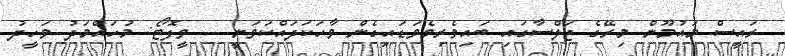
ރައީސް މައުމޫން މިރޭގެ ޖަލްސާގައި ބައިވެރިވެވަޑައިގެން ވާހަކަދައްކަވަނީ -- ވީފޮޓޯ: މުހައްމަދު ވަހީދު